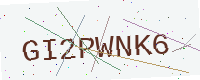
Text: GI2PWNK6